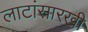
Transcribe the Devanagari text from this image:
लाटांसारखी